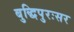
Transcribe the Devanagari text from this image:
बुद्धिपुरःसर